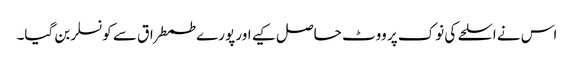
اس نے اسلحے کی نوک پر ووٹ حاصل کیے اور پورے طمطراق سے کونسلر بن گیا۔